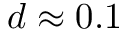
d \approx 0 . 1